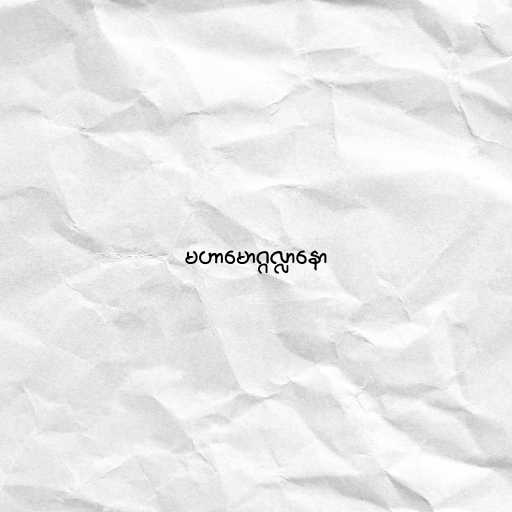
မဟာမောဂ္ဂလ္လာနော